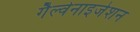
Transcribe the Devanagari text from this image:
गैल्वेनाइजेशन